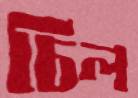
চিল